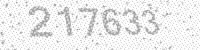
Solution: 217633